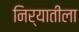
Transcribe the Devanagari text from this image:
निर्यातीला